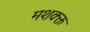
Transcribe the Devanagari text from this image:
मशक्क्त